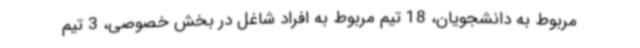
مربوط به دانشجویان، 18 تیم مربوط به افراد شاغل در بخش خصوصی، 3 تیم